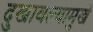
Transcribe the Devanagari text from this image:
दुखावल्यामुखे